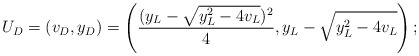
\begin{align*}U_D=(v_D,y_D)=\left(\frac{(y_L-\sqrt{y_L^2-4v_L})^2}{4},y_L-\sqrt{y_L^2-4v_L} \right);\end{align*}